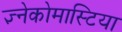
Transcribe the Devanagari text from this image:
ज्ञ्नेकोमास्टिया